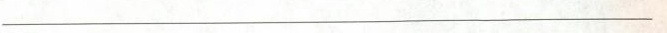
___